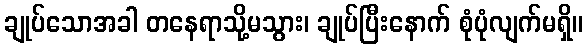
ချုပ်သောအခါ တနေရာသို့မသွား၊ ချုပ်ပြီးနောက် စုံပုံလျက်မရှိ။